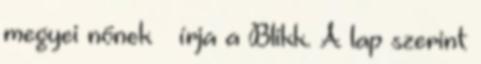
megyei nőnek – írja a Blikk. A lap szerint